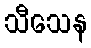
သီသေန